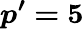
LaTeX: \boldsymbol{p^{\prime}=5}